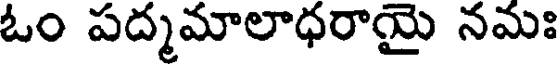
ఓం పద్మమాలాధరాయై నమః